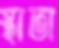
স্থাতা